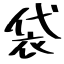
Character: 袋